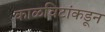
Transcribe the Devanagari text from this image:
काळविटांकडून